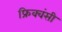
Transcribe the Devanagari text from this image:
फ्रिक्वंसी